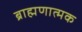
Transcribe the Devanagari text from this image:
ब्राह्मणात्मक